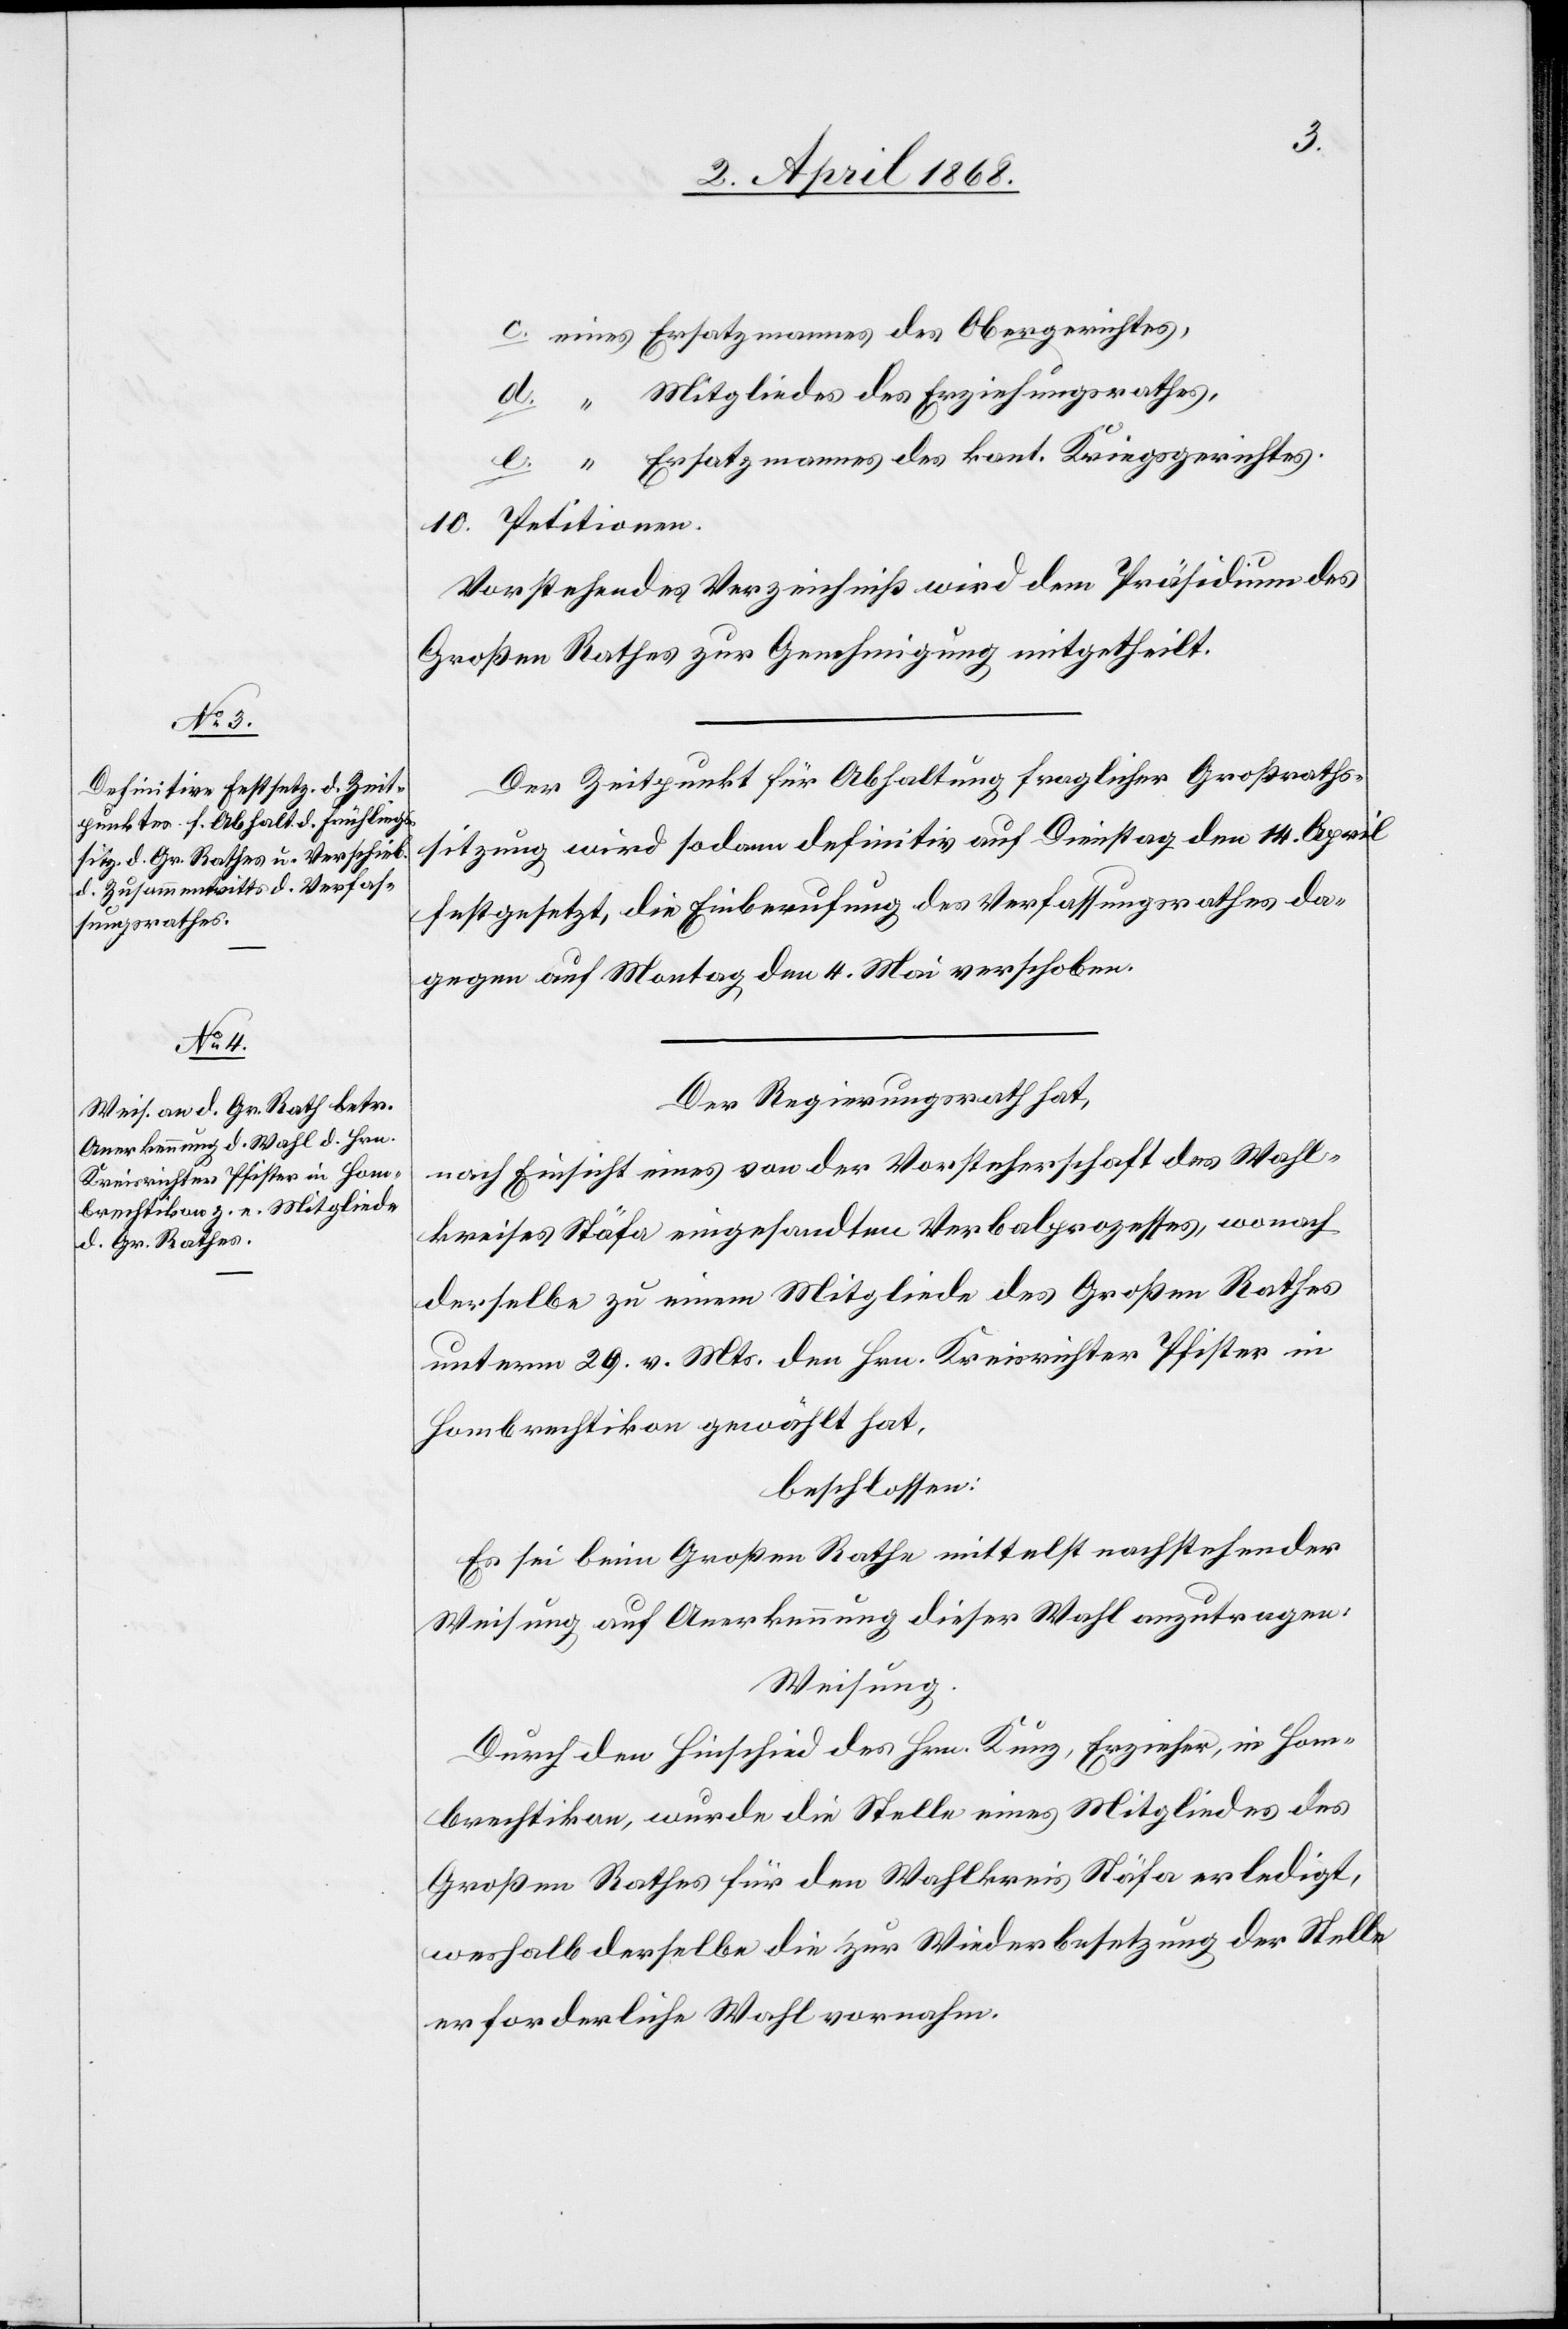
c. eines Ersatzmannes des Obergerichtes,
d. “ Mitgliedes des Erziehungsrathes,
e. “ Ersatzmannes des kant. Kriegsgerichtes.
Vorstehendes Verzeichniß wird dem Präsidium des
Großen Rathes zur Genehmigung mitgetheilt.
Der Zeitpunkt für Abhaltung fraglicher Großraths¬
sitzung wird sodann definitiv auf Dienstag den 14. April
festgesetzt, die Einberufung des Verfassungsrathes da¬
gegen auf Montag den 4. Mai verschoben.
Der Regierungsrath hat,
nach Einsicht eines von der Vorsteherschaft des Wahl¬
kreises Stäfa eingesandten Verbalprozesses, wonach
derselbe zu einem Mitgliede des Großen Rathes
unterm 29. v. Mts. den Hrn. Kreisrichter Pfister in
Hombrechtikon gewählt hat,
beschlossen:
Es sei beim Großen Rathe mittelst nachstehender
Weisung auf Anerkennung dieser Wahl anzutragen:
Weisung.
Durch den Hinschied des Hrn. Kunz, Erzieher, in Hom¬
brechtikon, wurde die Stelle eines Mitgliedes des
Großen Rathes für den Wahlkreis Stäfa erledigt,
weshalb derselbe die zur Wiederbesetzung der Stelle
erforderliche Wahl vornahm.